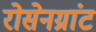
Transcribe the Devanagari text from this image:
रोसेनग्रांट